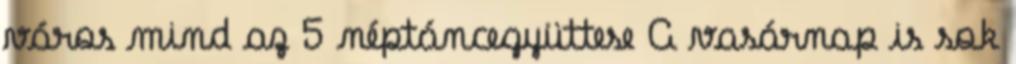
város mind az 5 néptáncegyüttese A vasárnap is sok